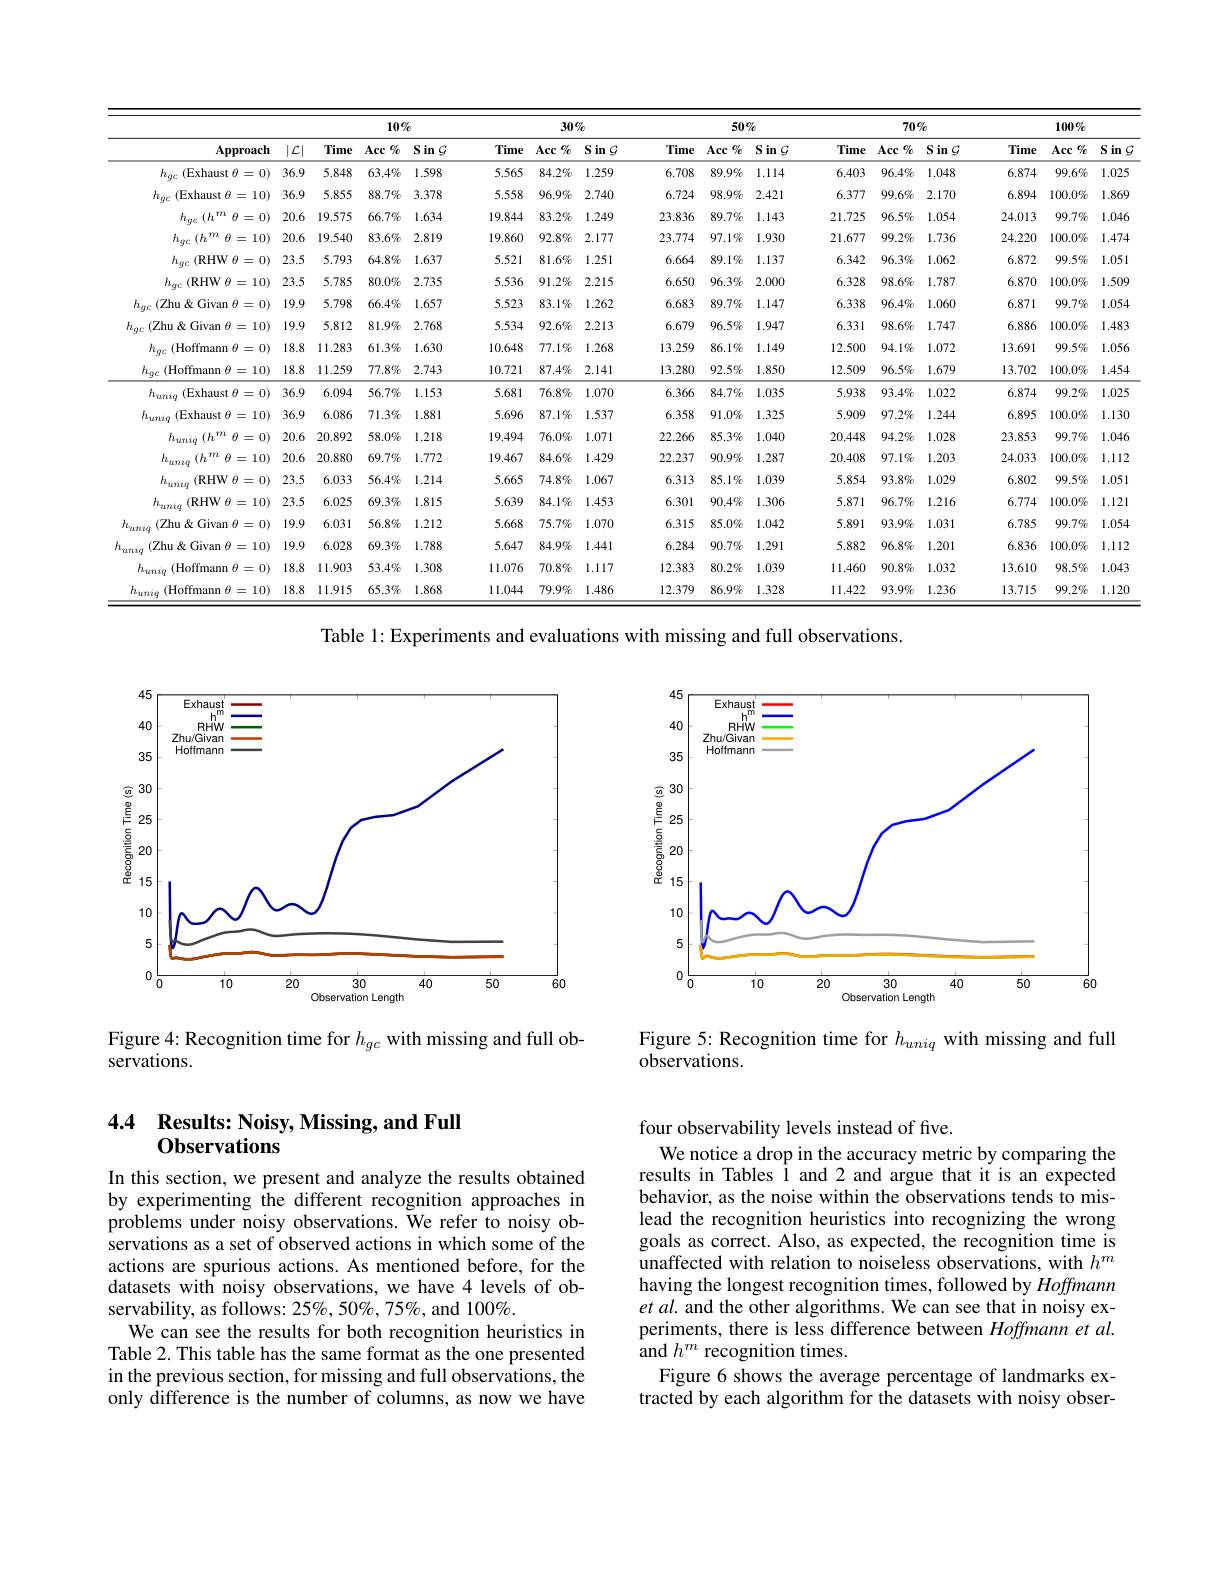
<table>
	<tbody>
		<tr>
			<th rowspan="2">$\mathbf{Approach}$</th>
			<th rowspan="2">$|\mathcal{L}|$</th>
			<th colspan="2">10%</th>
			<th>2</th>
			<th colspan="4">$30\%$</th>
			<th colspan="2">$50\%$</th>
			<th> </th>
			<th colspan="2">$70\%$</th>
			<th colspan="3">$100\%$</th>
		</tr>
		<tr>
			<th>Time</th>
			<th>Acc $Cf_0$</th>
			<th>SinG</th>
			<th>Time</th>
			<th>Acc $g_0$</th>
			<th>Acc $g_0$</th>
			<th>SinG</th>
			<th>Time</th>
			<th>Acc $q_0$</th>
			<th>Tin</th>
			<th>Acc $g_{c}$ $e$</th>
			<th>SinG</th>
			<th>Time</th>
			<th>Acc $g_0$</th>
			<th>iin S $G$</th>
		</tr>
		<tr>
			<td>$h_{gc}$ (Exhaust $\theta=0)$</td>
			<td>36.9</td>
			<td>5.848</td>
			<td>$63.4\%$</td>
			<td>1.598</td>
			<td>5.565</td>
			<td>$84.2\%$</td>
			<td>$84.2\%$</td>
			<td>1.259</td>
			<td>6.708</td>
			<td>$89.9\%$</td>
			<td>6.4(</td>
			<td>3 $96.4\%$</td>
			<td>1.048</td>
			<td>6.874</td>
			<td>$99.6\%$</td>
			<td>1.025</td>
		</tr>
		<tr>
			<td>$h_{gc}$ (Exhaust $\theta=10)$</td>
			<td>36.9</td>
			<td>5.855</td>
			<td>$88.7\%$</td>
			<td>3.378</td>
			<td>5.558</td>
			<td>$96.9\%$</td>
			<td>$96.9\%$</td>
			<td>2.740</td>
			<td>6.724</td>
			<td>$98.9\%$</td>
			<td>6.3</td>
			<td>$99.6\%$ 7</td>
			<td>2.170</td>
			<td>6.894</td>
			<td>$100.0\%$</td>
			<td>1.869</td>
		</tr>
		<tr>
			<td>$h_{gc}$ $( h^m$ $\theta = 0)$ </td>
			<td>20.6</td>
			<td>19.575</td>
			<td>$66.7\%$</td>
			<td>1.634</td>
			<td>19.844</td>
			<td>$83.2\%$</td>
			<td>$83.2\%$</td>
			<td>1.249</td>
			<td>23.836</td>
			<td>$89.7\%$</td>
			<td>21.7.</td>
			<td>$96.5\%$ 5</td>
			<td>1.054</td>
			<td>24.013</td>
			<td>$99.7\%$</td>
			<td>1.046</td>
		</tr>
		<tr>
			<td>$h_{gc}$ $(h^m\theta=10)$</td>
			<td>20.6</td>
			<td>19.540</td>
			<td>$83.6\%$</td>
			<td>2.819</td>
			<td>19.860</td>
			<td>$92.8\%$</td>
			<td>$92.8\%$</td>
			<td>2.177</td>
			<td>23.774</td>
			<td>$97.1\%$</td>
			<td>21.6</td>
			<td>$99.2\%$ 7</td>
			<td>1.736</td>
			<td>24.220</td>
			<td>$100.0\%$</td>
			<td>1.474</td>
		</tr>
		<tr>
			<td>$h_{gc}$ $(\mathbf{R}$HW $\theta=0)$</td>
			<td>23.5</td>
			<td>5.793</td>
			<td>$64.8\%$</td>
			<td>1.637</td>
			<td>5.521</td>
			<td>$81.6\%$</td>
			<td>$81.6\%$</td>
			<td>1.251</td>
			<td>6.664</td>
			<td>$89.1\%$</td>
			<td>6.3.</td>
			<td>$96.3\%$ 2</td>
			<td>1.062</td>
			<td>6.872</td>
			<td>$99.5\%$</td>
			<td>1.051</td>
		</tr>
		<tr>
			<td>$h_{gc}$ (RHW $\theta=10)$</td>
			<td>23.5</td>
			<td>5.785</td>
			<td>$80.0\%$</td>
			<td>2.735</td>
			<td>5.536</td>
			<td>$91.2\%$</td>
			<td>$91.2\%$</td>
			<td>2.215</td>
			<td>6.650</td>
			<td>$96.3\%$</td>
			<td>$6.3^{\prime}.$</td>
			<td>$98.6\%$ 8</td>
			<td>1.787</td>
			<td>6.870</td>
			<td>$100.0\%$</td>
			<td>1.509</td>
		</tr>
		<tr>
			<td>$h_{gc}$ (Zhu & Givan $\theta=0)$ L</td>
			<td>19.9</td>
			<td>5.798</td>
			<td>$66.4\%$</td>
			<td>1.657</td>
			<td>5.523</td>
			<td>$83.1\%$</td>
			<td>$83.1\%$</td>
			<td>1.262</td>
			<td>6.683</td>
			<td>$89.7\%$</td>
			<td>6.3.</td>
			<td>$96.4\%$ 8</td>
			<td>1.060</td>
			<td>6.871</td>
			<td>$99.7\%$</td>
			<td>1.054</td>
		</tr>
		<tr>
			<td>$h_{gc}$ (Zhu & Givan $\theta=10)$</td>
			<td>19.9</td>
			<td>5.812</td>
			<td>$81.9\%$</td>
			<td>2.768</td>
			<td>5.534</td>
			<td>$92.6\%$</td>
			<td>$92.6\%$</td>
			<td>2.213</td>
			<td>6.679</td>
			<td>$96.5\%$</td>
			<td>6.3.</td>
			<td>1 $98.6\%$</td>
			<td>1.747</td>
			<td>6.886</td>
			<td>$100.0\%$</td>
			<td>1.483</td>
		</tr>
		<tr>
			<td>$h_{ge}$ (Hoffmann $\theta=0)$</td>
			<td>18.8</td>
			<td>11.283</td>
			<td>$61.3\%$</td>
			<td>1.630</td>
			<td>10.648</td>
			<td>$77.1\%$</td>
			<td>$77.1\%$</td>
			<td>1.268</td>
			<td>13.259</td>
			<td>$86.1\%$</td>
			<td>12.5(</td>
			<td>$94.1\%$ 0</td>
			<td>1.072</td>
			<td>13.691</td>
			<td>$99.5\%$</td>
			<td>1.056</td>
		</tr>
		<tr>
			<td>$h_{gc}$ (Hoffmann $\theta=10)$</td>
			<td>18.8</td>
			<td>11.259</td>
			<td>$77.8\%$</td>
			<td>2.743</td>
			<td>10.721</td>
			<td>$87.4\%$</td>
			<td>$87.4\%$</td>
			<td>2.141</td>
			<td>13.280</td>
			<td>$92.5\%$</td>
			<td>12.5(</td>
			<td>$96.5\%$ 9</td>
			<td>1.679</td>
			<td>13.702</td>
			<td>$100.0\%$</td>
			<td>1.454</td>
		</tr>
		<tr>
			<td>$h_{\text{uri}q}($ (Exhaust $\theta=0)$</td>
			<td>36.9</td>
			<td>6.094</td>
			<td>$56.7\%$</td>
			<td>1.153</td>
			<td>5.681</td>
			<td>$76.8\%$</td>
			<td>$76.8\%$</td>
			<td>1.070</td>
			<td>6.366</td>
			<td>$84.7\%$</td>
			<td>5.9</td>
			<td>8 $93.4\%$</td>
			<td>1.022</td>
			<td>6.874</td>
			<td>$99.2\%$</td>
			<td>1.025</td>
		</tr>
		<tr>
			<td>$h_{uniq}$ (Exhaust $\theta=10)$</td>
			<td>36.9</td>
			<td>6.086</td>
			<td>$71.3\%$</td>
			<td>1.881</td>
			<td>5.696</td>
			<td>$87.1\%$</td>
			<td>$87.1\%$</td>
			<td>1.537</td>
			<td>6.358</td>
			<td>$91.0\%$</td>
			<td>5.9(</td>
			<td>9 $97.2\%$</td>
			<td>1.244</td>
			<td>6.895</td>
			<td>$100.0\%$</td>
			<td>1.130</td>
		</tr>
		<tr>
			<td>$h_{u\text{ri}q}$ $( h^m$ $\theta = 0)$ </td>
			<td>20.6</td>
			<td>20.892</td>
			<td>$58.0\%$</td>
			<td>1.218</td>
			<td>19.494</td>
			<td>$76.0\%$</td>
			<td>$76.0\%$</td>
			<td>1.071</td>
			<td>22.266</td>
			<td>$85.3\%$</td>
			<td>20.4</td>
			<td>8 $94.2\%$</td>
			<td>1.028</td>
			<td>23.853</td>
			<td>$99.7\%$</td>
			<td>1.046</td>
		</tr>
		<tr>
			<td>$h_{uniq}$ $(h^m\theta=10)$</td>
			<td>20.6</td>
			<td>20.880</td>
			<td>$69.7\%$</td>
			<td>1.772</td>
			<td>19.467</td>
			<td>$84.6\%$</td>
			<td>$84.6\%$</td>
			<td>1.429</td>
			<td>22.237</td>
			<td>$90.9\%$</td>
			<td>20.4(</td>
			<td>$97.1\%$ 8</td>
			<td>1.203</td>
			<td>24.033</td>
			<td>$100.0\%$</td>
			<td>1.112</td>
		</tr>
		<tr>
			<td>$h_{uniq}$ $(\mathbf{R}$HW $\theta=0)$</td>
			<td>23.5</td>
			<td>6.033</td>
			<td>$56.4\%$</td>
			<td>1.214</td>
			<td>5.665</td>
			<td>$74.8\%$</td>
			<td>$74.8\%$</td>
			<td>1.067</td>
			<td>6.313</td>
			<td>85.1%</td>
			<td>5.8!</td>
			<td>$93.8\%$ 4</td>
			<td>1.029</td>
			<td>6.802</td>
			<td>$99.5\%$</td>
			<td>1.051</td>
		</tr>
		<tr>
			<td>$h_{uniq}$ (RHW $\theta=10)$</td>
			<td>23.5</td>
			<td>6.025</td>
			<td>$69.3\%$</td>
			<td>1.815</td>
			<td>5.639</td>
			<td>$84.1\%$</td>
			<td>$84.1\%$</td>
			<td>1.453</td>
			<td>6.301</td>
			<td>$90.4\%$</td>
			<td>5.8.</td>
			<td>1 $96.7\%$</td>
			<td>1.216</td>
			<td>6.774</td>
			<td>$100.0\%$</td>
			<td>1.121</td>
		</tr>
		<tr>
			<td>$h_{uniq}$ (Zhu & Givan $\theta=0)$</td>
			<td>19.9</td>
			<td>6.031</td>
			<td>$56.8\%$</td>
			<td>1.212</td>
			<td>5.668</td>
			<td>$75.7\%$</td>
			<td>$75.7\%$</td>
			<td>1.070</td>
			<td>6.315</td>
			<td>$85.0\%$</td>
			<td>5.8</td>
			<td>1 $93.9\%$</td>
			<td>1.031</td>
			<td>6.785</td>
			<td>$99.7\%$</td>
			<td>1.054</td>
		</tr>
		<tr>
			<td>$h_{uniq}$ (Zhu &Givan $\theta=10)$</td>
			<td>19.9</td>
			<td>6.028</td>
			<td>$69.3\%$</td>
			<td>1.788</td>
			<td>5.647</td>
			<td>$84.9\%$</td>
			<td>$84.9\%$</td>
			<td>1.441</td>
			<td>6.284</td>
			<td>$90.7\%$</td>
			<td>5.84</td>
			<td>$96.8\%$ 2</td>
			<td>1.201</td>
			<td>6.836</td>
			<td>$100.0\%$</td>
			<td>1.112</td>
		</tr>
		<tr>
			<td>$h_{uniq}\left(\text{Hoffmann }\theta=0\right)$</td>
			<td>18.8</td>
			<td>11.903</td>
			<td>$53.4\%$</td>
			<td>1.308</td>
			<td>11.076</td>
			<td>$70.8\%$</td>
			<td>$70.8\%$</td>
			<td>1.117</td>
			<td>12.383</td>
			<td>80.2%</td>
			<td>11.44</td>
			<td>$90.8\%$ 0</td>
			<td>1.032</td>
			<td>13.610</td>
			<td>$98.5\%$</td>
			<td>1.043</td>
		</tr>
		<tr>
			<td>$h_{uniq}$ (Hoffmann $\theta=10)$ </td>
			<td>18.8</td>
			<td>11.915</td>
			<td>$65.3\%$</td>
			<td>1.868</td>
			<td>11.044</td>
			<td>$79.9\%$</td>
			<td>$79.9\%$</td>
			<td>1.486</td>
			<td>12.379</td>
			<td>$86.9\%$</td>
			<td>11.4.</td>
			<td>$93.9\%$ 2</td>
			<td>1.236</td>
			<td>13.715</td>
			<td>$99.2\%$</td>
			<td>1.120</td>
		</tr>
	</tbody>
</table>

Table 1: Experiments and evaluations with missing and full observations.

<FigureHere>

Figure 5: Recognition time for $h_{uniq}$ with missing and full
observations.

Figure 4: Recognition time for $h_{gc}$ with missing and full ob-
servations.

four observability levels instead of five.
We notice a drop in the accuracy metric by comparing the

### 4.4 Results: Noisy, Missing, and Full Observations

results in Tables Î and 2 and argue that it is an expected behavior, as the noise within the observations tends to mislead the recognition heuristics into recognizing the wrong goals as correct. Also, as expected, the recognition time is unaffected with relation to noiseless observations, with $h^m$ having the longest recognition times, followed by Hoffmann et al. and the other algorithms. We can see that in noisy experiments, there is less difference between Hoffmann et al. ${\mathrm{and}}h^m$ recognition times.
Figure 6 shows the average percentage of landmarks extracted by each algorithm for the datasets with noisy obser-

In this section, we present and analyze the results obtained by experimenting the different recognition approaches in problems under noisy observations. We refer to noisy observations as a set of observed actions in which some of the actions are spurious actions. As mentioned before, for the datasets with noisy observations, we have 4 levels of observability, as follows: 25%, 50%, 75%, and 100%.
We can see the results for both recognition heuristics in Table 2. This table has the same format as the one presented in the previous section, for missing and full observations, the only difference is the number of columns, as now we have